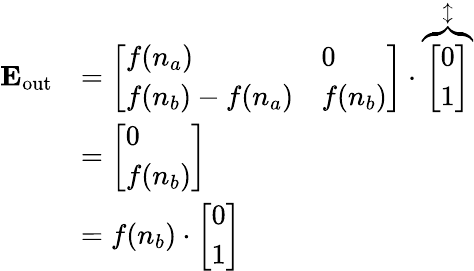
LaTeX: \begin{array}{rl}{\mathbf{E_{\mathrm{{out}}}}}&{=\left[\begin{array}{ll}{{{f(n_{a})}}}&{0}\\ {{f(n_{b})}-{f(n_{a})}}&{{f(n_{b})}}\end{array}\right]\cdot\overbrace{\left[\begin{array}{l}{0}\\ {1}\end{array}\right]}^{\updownarrow}}\\ &{=\left[\begin{array}{l}{{0}}\\ {{f(n_{b})}}\end{array}\right]}\\ &{={f(n_{b})}\cdot\left[\begin{array}{l}{0}\\ {1}\end{array}\right]}\end{array}